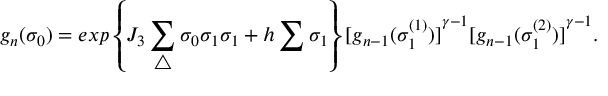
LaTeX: g _ { n } ( { \sigma } _ { 0 } ) = e x p \left\{ J _ { 3 } \sum _ { \triangle } { \sigma } _ { 0 } { \sigma } _ { 1 } { \sigma } _ { 1 } + h \sum { \sigma } _ { 1 } \right\} { [ g _ { n - 1 } ( { \sigma } _ { 1 } ^ { ( 1 ) } ) ] } ^ { \gamma - 1 } { [ g _ { n - 1 } ( { \sigma } _ { 1 } ^ { ( 2 ) } ) ] } ^ { \gamma - 1 } .